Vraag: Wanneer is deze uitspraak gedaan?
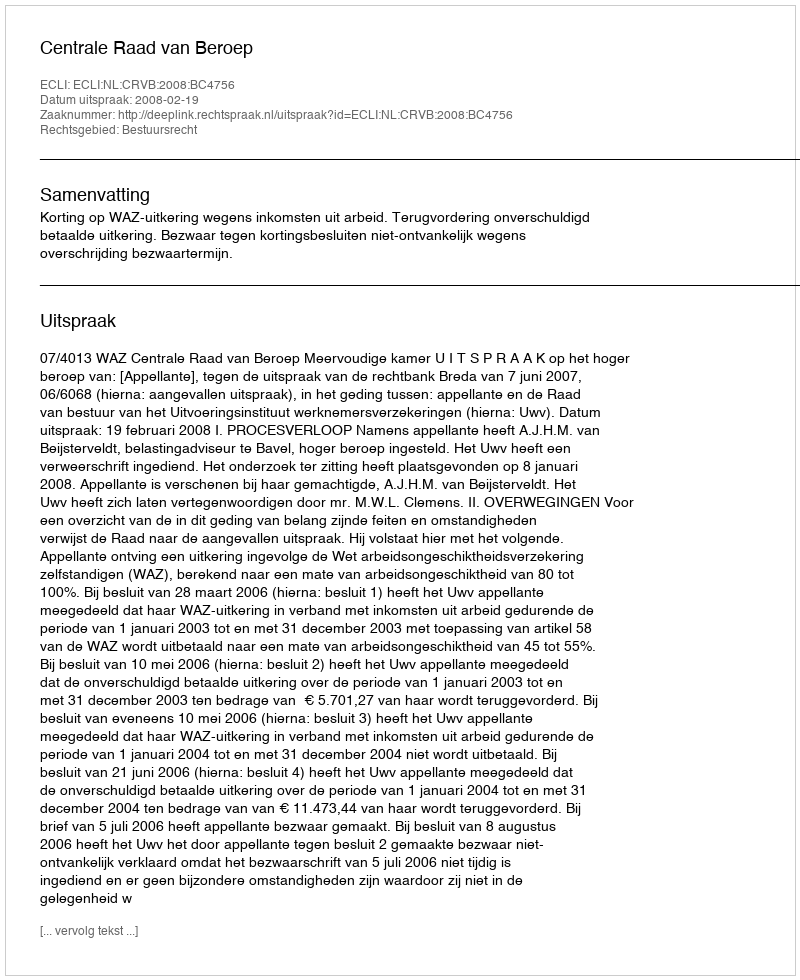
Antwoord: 2008-02-19